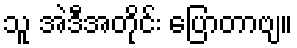
သူ အဲဒီအတိုင်း ပြောတာဗျ။